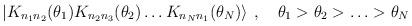
LaTeX: \begin{align*}\left| K_{n_{1}n_{2}}(\theta _{1})K_{n_{2}n_{3}}(\theta _{2})\ldots K_{n_{N}n_{1}}(\theta _{N})\right\rangle \: ,\quad \theta _{1}>\theta _{2}>\ldots >\theta _{N}\end{align*}